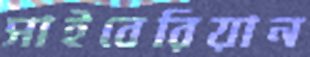
সাইবেরিয়ান